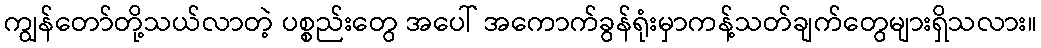
ကျွန်တော်တို့သယ်လာတဲ့ ပစ္စည်းတွေ အပေါ် အကောက်ခွန်ရုံးမှာကန့်သတ်ချက်တွေများရှိသလား။